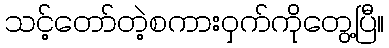
သင့်တော်တဲ့စကားဝှက်ကိုတွေ့ပြီ။